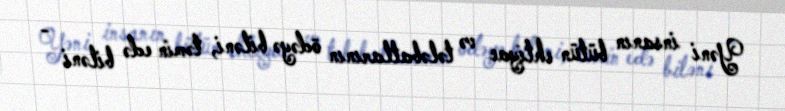
Yəni insanın bütün ehtiyac və tələbatlarının ödəyə biləni, təmin edə biləni -